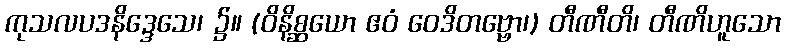
ကုသလပဒနိဒ္ဒေသေ၊ ၌။ (ဝိနိစ္ဆယော ဧဝံ ဝေဒိတဗ္ဗော၊) တီဏီတိ၊ တီဏိဟူသော